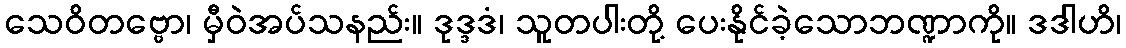
သေဝိတဗ္ဗော၊ မှီဝဲအပ်သနည်း။ ဒုဒ္ဒဒံ၊ သူတပါးတို့ ပေးနိုင်ခဲ့သောဘဏ္ဍာကို။ ဒဒါဟိ၊